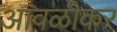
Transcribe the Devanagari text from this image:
आवळीकर